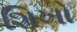
શિખો